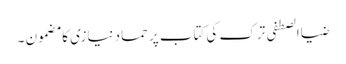
ضیاالصطفی ترک کی کتاب پر حماد نیازی کا مضمون ۔